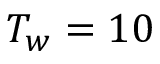
T _ { w } = 1 0